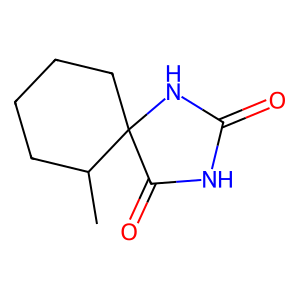
SMILES: CC1CCCCC12NC(=O)NC2=O
Inhibits HIV replication: No